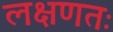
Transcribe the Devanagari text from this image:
लक्षणतः